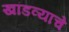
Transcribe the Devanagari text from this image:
खांडव्याचे